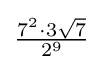
{\tfrac {7^{2}\cdot 3{\sqrt {7}}}{2^{9}}}